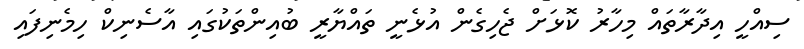
ސިއްހީ އިދާރާތައް މިހާރު ކޮޅަށް ޖެހިގެން އުޅެނީ ތައްޔާރީ ބުއިންތަކުގައި އާސެނިކް ހިމެނިފައި